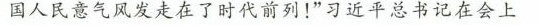
国人民意气风发走在了时代前列！”习近平总书记在会上